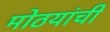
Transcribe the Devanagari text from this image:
मोठयांची